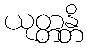
ယုတ္တန္တိ